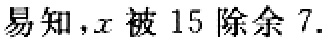
易知，\(x\) 被 \(15\) 除余 \(7\).